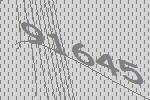
91645